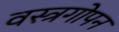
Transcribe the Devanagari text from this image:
वस्त्रगोपन